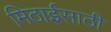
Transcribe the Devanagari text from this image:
मिठाईसाठी